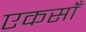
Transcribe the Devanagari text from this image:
एकसाँ